Medical and sanitary report of the native army of Madras for the year
Year: 1877
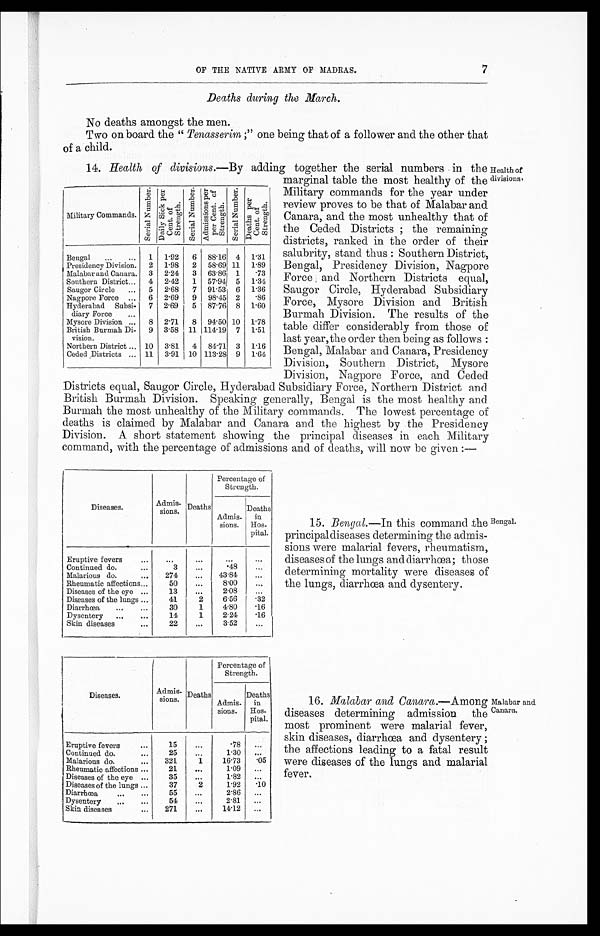
OF THE NATIVE ARMY OF MADRAS.
7
Deaths during the March.
No deaths amongst the men.
Two on board the " Tenasserim ;" one being that of a follower and the other that
of a child.
14. Health of divisions.― By adding together the serial numbers in the Health of
marginal table the most healthy of the divisions'
Military Commands.
S e r i a l N u m b e r . D a i l y S i c k p e r C e n t . o f S t r e n g t h .
S e r i a l N u m b e r . A d m i s s i o n s p e r p e r c e n t o f S t r e n g t h
S e r i a l N u m b e r .
D e a t h s p e r C e n t , o f S t r e n g t h .
Bengal...
... 1 1.92 6 88.16 4 1.31
Presidency Division. 2 1.98 2 58.69 11 1.89
Malabar and Canara. 3 2.24 3 63.86 1 .73
Southern District... 4 2.42 1 57.94 5 1.34
Saugor Circle ... 5 2.68 7 91.53 6 1.36
Nagpore Force ... 6 2.69 9 98.45 2 .86
Hyderabad Subsi- 7 2.69 5 87.76 8 1.60
diary Force
Mysore Division... 8 2.71 8 94.50 10 1.78
British Burmah Di-
vision.
9 3.58 11 114..19 7 1.51
Northern District .., 10 3.81 4 84.71 3 1.16
Ceded Districts ... 11 3.91 10 113.28 9 1.64
Military commands for the year under
review proves to be that of Malabar and
Canara, and the most unhealthy that of
the Ceded Districts ; the remaining
districts, ranked in the order of their
salubrity, stand thus : Southern District,
Bengal, Presidency Division, Nagpore
Force and Northern Districts equal,
Saugor Circle, Hyderabad Subsidiary
Force, Mysore Division and British
Burmah Division. The results of the
table differ considerably from those of
last year, the order then being as follows:
Bengal, Malabar and Canara, Presidency
Division, Southern District, Mysore
Division, Nagpore Force, and Ceded
Districts equal, Saugor Circle, Hyderabad Subsidiary Force, Northern District and
British Burmah Division. Speaking generally, Bengal is the most healthy and
Burmah the most unhealthy of the Military commands. The lowest percentage of
deaths is claimed by Malabar and Canara and the highest by the Presidency
Division. A short statement showing the principal diseases in each Military
command, with the percentage of admissions and of deaths, will now be given: ―
Percentage of
Strength.
Diseases.
Admissions. Deaths
Admis
sions.
Deaths
in
Hos-
pital.
Eruptive fevers
...
...
. . .
...
...
Continued do.
...
3
...
.48
. . .
Malarious do.
...
274
...
43.84
Rheumatic affections... . . .
50
...
8.00
. . .
Diseases of the eye ...
13
2
2.08
. . .
Diseases of the lungs ...
41
2 6.56
. 3 2
Diarrhœa
...
...
30
1
4.80
.16
Dysentery
...
. . . . . .
14
1
2.24
.16
S k i n d i s e a s e s . . .
2 2
. . .
. . .
. . .
15. Bengal.-In this command the Bengal.
principaldiseases determining the admis-
sions were malarial fevers, rheumatism,
diseases of the lungs and diarrhœa; those
determining mortality were diseases of
the lungs, diarrhœa and dysentery.
Percentage of
Strength.
Diseases.
Admis-
sions. Deaths
Admis.
sions.
Deaths
in
Hos-
pital.
Eruptive fevers
. . .
15
. . .
.78
. . .
Continued do.
. . .
25
. . .
1.30
. . .
Malarious do.
...
321
1
1 6 . 7 3
. 0 5
Rheumatic affections. ...
2 1 ...
1 . 0 9
. . .
Diseases of the eye ...
35
. . .
1 . 8 2
. . .
Diseases of the lungs
. . .
37
2
1.92 .10
Diarrhœa
...
. . .
55
...
2.86
. . .
Dysentery
...
...
54
. . . . . .
2.81
. . .
Skin diseases
...
271
...
14.12 ...
16. Malabar and Canara.― Among Malabar and
diseases determining admission the canara
most prominent were malarial fever,
skin diseases, diarrhœa and dysentery ;
the affections leading to a fatal result
were diseases of the lungs and malarial
fever.